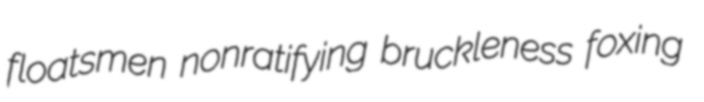
floatsmen nonratifying bruckleness foxing